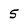
Character: 5